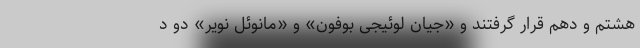
هشتم و دهم قرار گرفتند و «جیان لوئیجی بوفون» و «مانوئل نویر» دو د